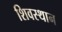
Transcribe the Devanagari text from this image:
शिवस्थान